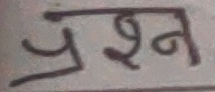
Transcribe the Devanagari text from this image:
प्रश्न